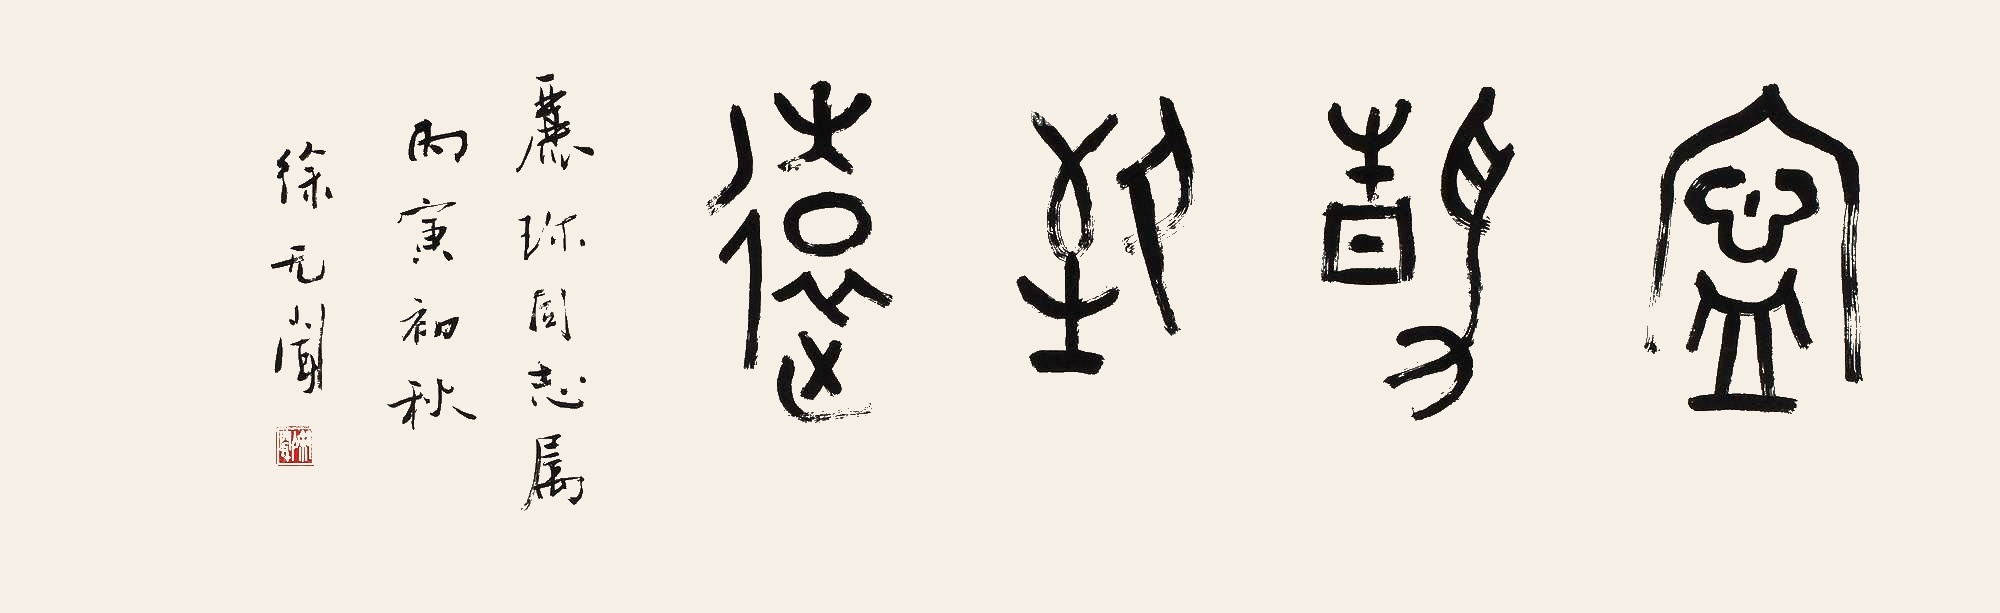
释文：宁静致远。丽弥同志属，丙寅（1986年）初秋，徐无闻。